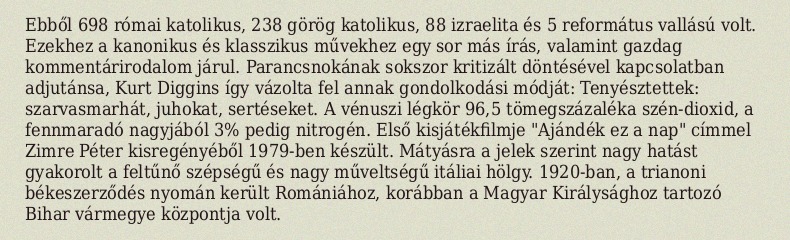
Ebből 698 római katolikus, 238 görög katolikus, 88 izraelita és 5 református vallású volt. Ezekhez a kanonikus és klasszikus művekhez egy sor más írás, valamint gazdag kommentárirodalom járul. Parancsnokának sokszor kritizált döntésével kapcsolatban adjutánsa, Kurt Diggins így vázolta fel annak gondolkodási módját: Tenyésztettek: szarvasmarhát, juhokat, sertéseket. A vénuszi légkör 96,5 tömegszázaléka szén-dioxid, a fennmaradó nagyjából 3% pedig nitrogén. Első kisjátékfilmje "Ajándék ez a nap" címmel Zimre Péter kisregényéből 1979-ben készült. Mátyásra a jelek szerint nagy hatást gyakorolt a feltűnő szépségű és nagy műveltségű itáliai hölgy. 1920-ban, a trianoni békeszerződés nyomán került Romániához, korábban a Magyar Királysághoz tartozó Bihar vármegye központja volt.